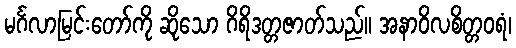
မင်္ဂလာမြင်းတော်ကို ဆိုသော ဂိရိဒတ္တဇာတ်သည်။ အနာဝိလစိတ္တဝရံ၊